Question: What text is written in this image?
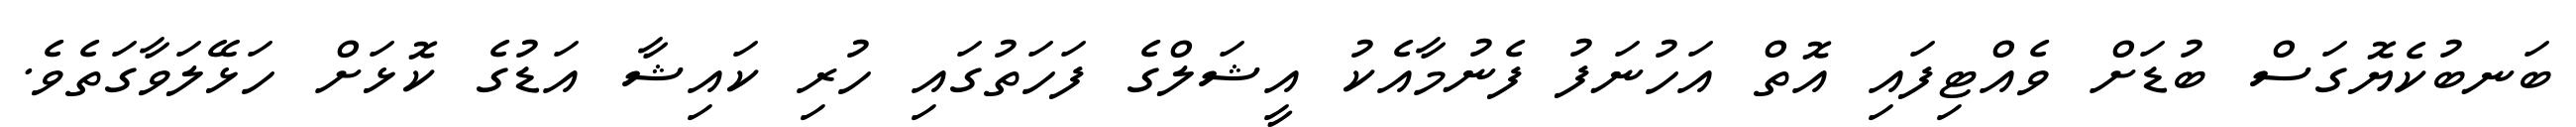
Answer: ބަނބުކެޔޮގަސް ބުޑަށް ވެއްޓިފައި އޮތް އަހުނަފު ފެނުމާއެކު އީޝަލްގެ ފަހަތުގައި ހުރި ކައިޝާ އަޑުގެ ކޮޅަށް ހަޅޭލަވާގަތެވެ.